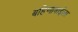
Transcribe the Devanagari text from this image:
बहिणाबाईला